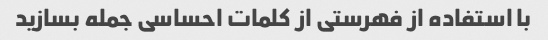
با استفاده از فهرستی از کلمات احساسی جمله بسازید